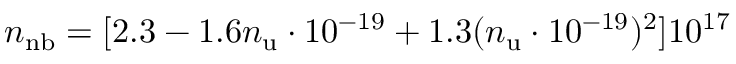
n _ { \mathrm { n b } } = [ 2 . 3 - 1 . 6 n _ { \mathrm { u } } \cdot 1 0 ^ { - 1 9 } + 1 . 3 ( n _ { \mathrm { u } } \cdot 1 0 ^ { - 1 9 } ) ^ { 2 } ] 1 0 ^ { 1 7 }